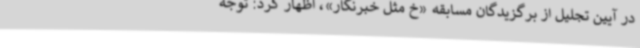
در آیین تجلیل از برگزیدگان مسابقه «خ مثل خبرنگار»، اظهار کرد: توجه